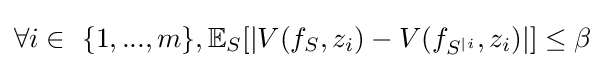
\forall i\in \ \{1,...,m\},\mathbb {E} _{S}[|V(f_{S},z_{i})-V(f_{S^{|i}},z_{i})|]\leq \beta